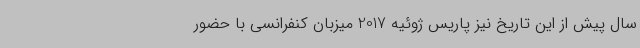
سال پیش از این تاریخ نیز پاریس ژوئیه 2017 میزبان کنفرانسی با حضور